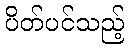
ပိတ်ပင်သည့်